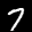
Label: 7